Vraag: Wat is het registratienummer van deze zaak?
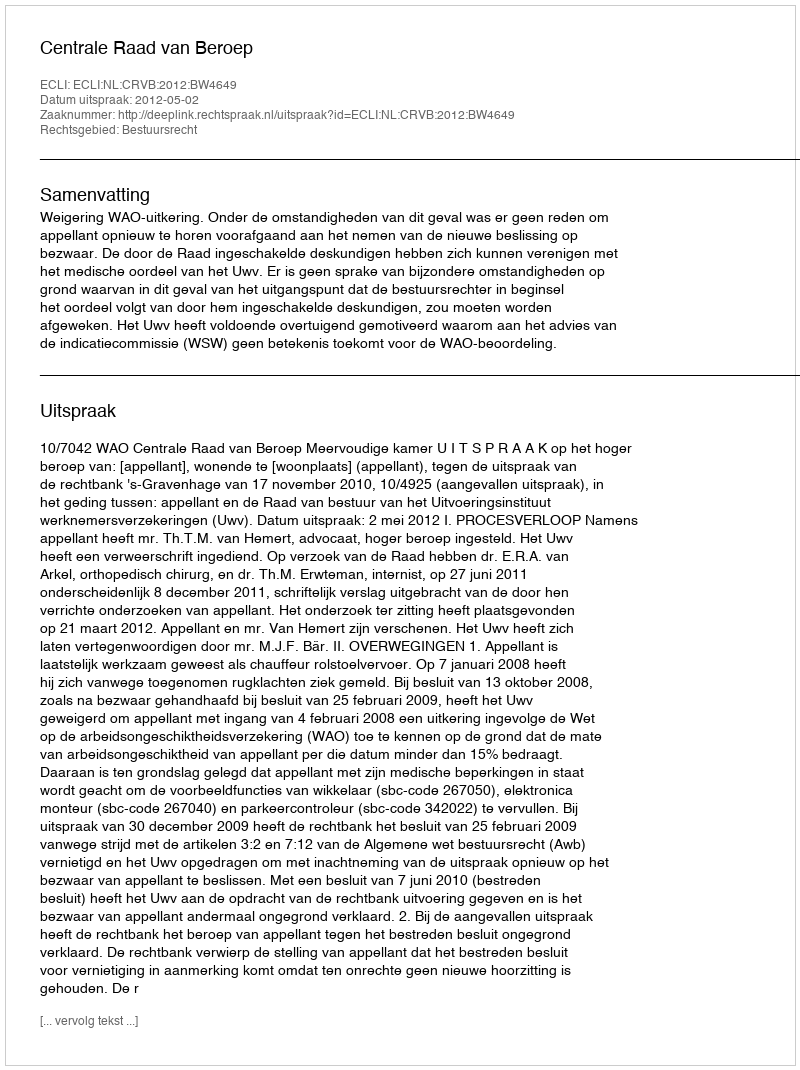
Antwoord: http://deeplink.rechtspraak.nl/uitspraak?id=ECLI:NL:CRVB:2012:BW4649